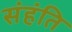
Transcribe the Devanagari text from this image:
संहंति